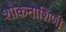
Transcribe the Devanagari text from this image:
शोकनाशिणी